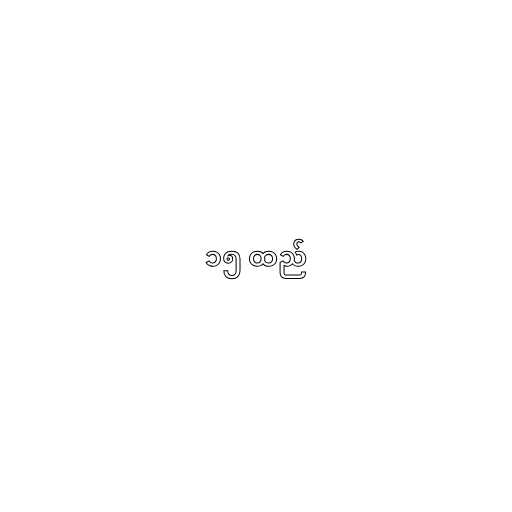
၁၅ ထည်